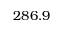
2 8 6 . 9